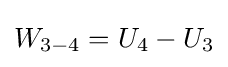
W_{3-4}=U_{4}-U_{3}